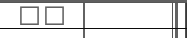
١١